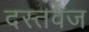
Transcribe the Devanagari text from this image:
दस्तवेज